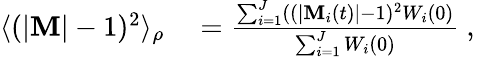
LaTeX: \begin{array}{rl}{\langle(|{\mathbf{M}}|-1)^{2}\rangle_{\rho}}&{{}=\frac{\sum_{i=1}^{J}((|{\mathbf{M}}_{i}(t)|-1)^{2}W_{i}(0)}{\sum_{i=1}^{J}W_{i}(0)}\mathrm{~,~}}\end{array}